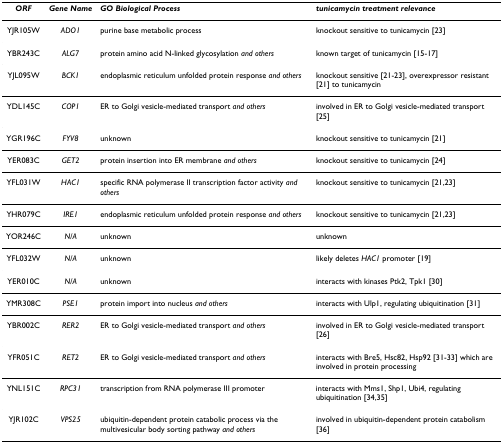
| ORF | Gene Name | GO Biological Process | tunicamycin treatment relevance |
 | --- | --- | --- | --- |
 | YJR105W | ADO1 | purine base metabolic process | knockout sensitive to tunicamycin [23] |
 | YBR243C | ALG7 | protein amino acid N-linked glycosylation and others | known target of tunicamycin [15-17] |
 | YJL095W | BCK1 | endoplasmic reticulum unfolded protein response and others | knockout sensitive [21-23], overexpressor resistant [21] to tunicamycin |
 | YDL145C | COP1 | ER to Golgi vesicle-mediated transport and others | involved in ER to Golgi vesicle-mediated transport [25] |
 | YGR196C | FYV8 | unknown | knockout sensitive to tunicamycin [21] |
 | YER083C | GET2 | protein insertion into ER membrane and others | knockout sensitive to tunicamycin [24] |
 | YFL031W | HAC1 | specific RNA polymerase II transcription factor activity and others | knockout sensitive to tunicamycin [21,23] |
 | YHR079C | IRE1 | endoplasmic reticulum unfolded protein response and others | knockout sensitive to tunicamycin [21,23] |
 | YOR246C | N/A | unknown | unknown |
 | YFL032W | N/A | unknown | likely deletes HAC1 promoter [19] |
 | YER010C | N/A | unknown | interacts with kinases Ptk2, Tpk1 [30] |
 | YMR308C | PSE1 | protein import into nucleus and others | interacts with Ulp1, regulating ubiquitination [31] |
 | YBR002C | RER2 | ER to Golgi vesicle-mediated transport and others | involved in ER to Golgi vesicle-mediated transport [26] |
 | YFR051C | RET2 | ER to Golgi vesicle-mediated transport and others | interacts with Bre5, Hsc82, Hsp92 [31-33] which are involved in protein processing |
 | YNL151C | RPC31 | transcription from RNA polymerase III promoter | interacts with Mms1, Shp1, Ubi4, regulating ubiquitination [34,35] |
 | YJR102C | VPS25 | ubiquitin-dependent protein catabolic process via the multivesicular body sorting pathway and others | involved in ubiquitin-dependent protein catabolism [36] |